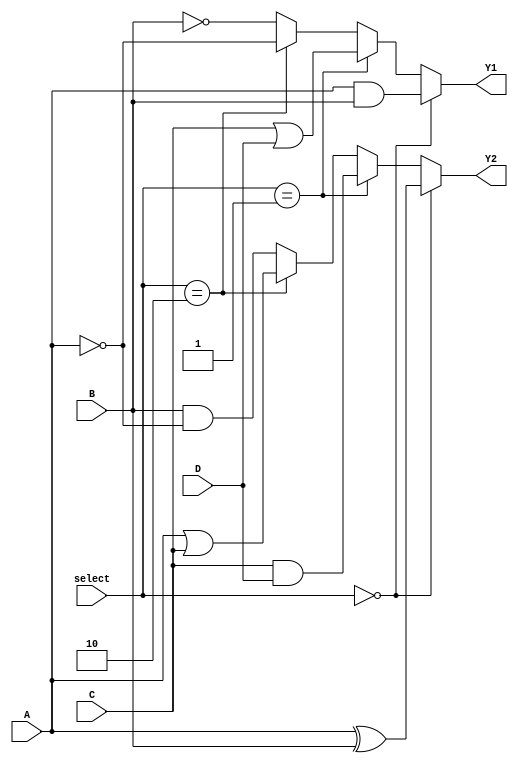
module combinational_logic_block (
    input wire A,      // Input A
    input wire B,      // Input B
    input wire C,      // Input C
    input wire D,      // Input D
    input wire [1:0] select, // Select lines for multiplexing
    output wire Y1,    // Output Y1
    output wire Y2     // Output Y2
);

// Internal signals for logic operations
wire and_out;
wire or_out;
wire not_a;
wire not_b;

// Logic elements (AND, OR, NOT)
assign and_out = A & B;       // AND gate
assign or_out = C | D;        // OR gate
assign not_a = ~A;            // NOT gate
assign not_b = ~B;            // NOT gate

// Output logic based on select lines (Multiplexer functionality)
assign Y1 = (select == 2'b00) ? and_out : // AND output
            (select == 2'b01) ? or_out :  // OR output
            (select == 2'b10) ? not_a :   // NOT A output
            not_b;                       // NOT B output

// Example of another output Y2 with different logic
assign Y2 = (select == 2'b00) ? (A ^ B) : // XOR output
            (select == 2'b01) ? (C & D) : // AND of C and D
            (select == 2'b10) ? (A | C) : // OR of A and C
            (B & not_a);                  // AND of B and NOT A

endmodule